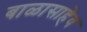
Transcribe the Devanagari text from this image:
बाळासाहेव